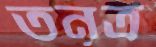
তনূত্র